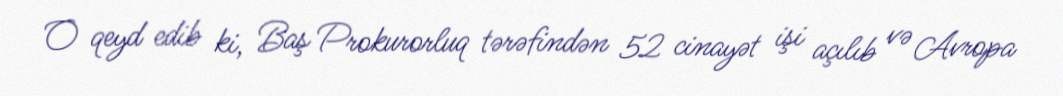
O qeyd edib ki, Baş Prokurorluq tərəfindən 52 cinayət işi açılıb və Avropa